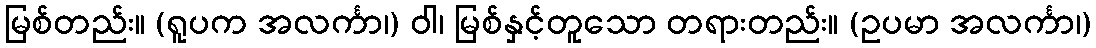
မြစ်တည်း။ (ရူပက အလင်္ကာ၊) ဝါ၊ မြစ်နှင့်တူသော တရားတည်း။ (ဥပမာ အလင်္ကာ၊)